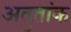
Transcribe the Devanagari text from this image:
अतुतांक